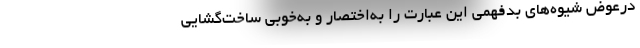
درعوض شیوه‌های بدفهمی این عبارت را به‌اختصار و به‌خوبی ساخت‌گشایی